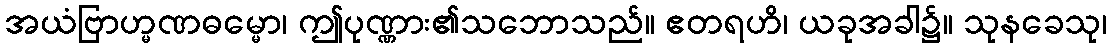
အယံဗြာဟ္မဏဓမ္မော၊ ဤပုဏ္ဏား၏သဘောသည်။ ဧတရဟိ၊ ယခုအခါ၌။ သုနခေသု၊